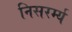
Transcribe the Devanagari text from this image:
निसरर्म्य